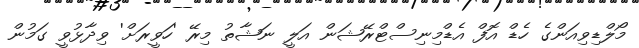
މޯލްޑިވިއަންގެ ހެޑް އޮފް އެޑްމިނިސްޓްރޭޝަން އަލީ ނަޝާތު މިރޭ 'ހަވީރަށް' ވިދާޅުވީ ގަމުން